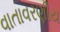
વાતાવરણીય